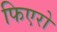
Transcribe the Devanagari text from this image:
फिएरो